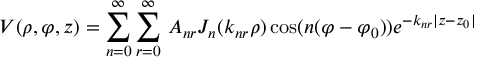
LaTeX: V ( \rho , \varphi , z ) = \sum _ { n = 0 } ^ { \infty } \sum _ { r = 0 } ^ { \infty } \, A _ { n r } J _ { n } ( k _ { n r } \rho ) \cos ( n ( \varphi - \varphi _ { 0 } ) ) e ^ { - k _ { n r } | z - z _ { 0 } | }